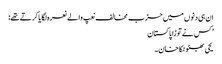
ان ہی دنوں میں حزب مخالف نعپ والے نعرہ لگایا کرتے تھے:
’ کس نے توڑا پاکستان
یحی بھٹو ٹکا خان۔